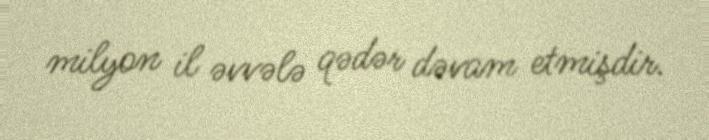
milyon il əvvələ qədər dəvam etmişdir.